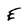
Character: E